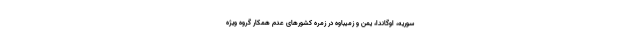
سوریه، اوگاندا، یمن و زمیباوه در زمره کشورهای عدم همکار گروه ویژه